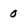
Character: 0